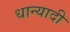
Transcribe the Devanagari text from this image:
धान्यादी